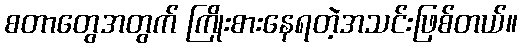
စတာတွေအတွက် ကြိုးစားနေရတဲ့အသင်းဖြစ်တယ်။